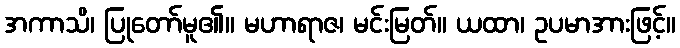
အကာသိ၊ ပြုတော်မူ၏။ မဟာရာဇ၊ မင်းမြတ်။ ယထာ၊ ဥပမာအားဖြင့်။